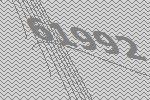
61992